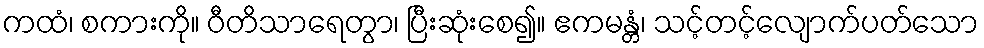
ကထံ၊ စကားကို။ ဝီတိသာရေတွာ၊ ပြီးဆုံးစေ၍။ ဧကမန္တံ၊ သင့်တင့်လျောက်ပတ်သော